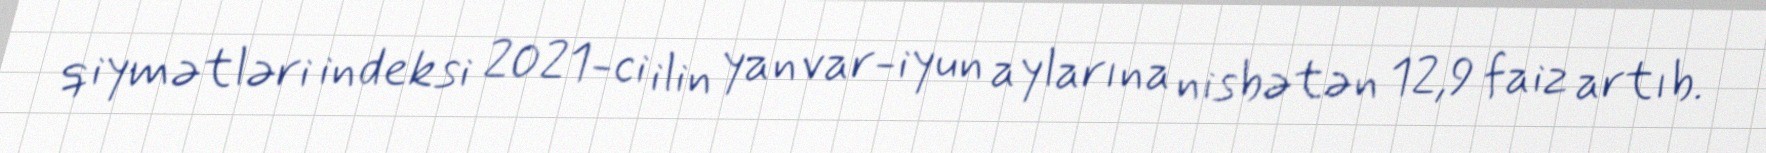
qiymətləri indeksi 2021-ci ilin yanvar-iyun aylarına nisbətən 12,9 faiz artıb.